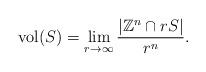
LaTeX: \begin{align*}\mathrm{vol}(S) =\lim_{r \to \infty} \frac{|\mathbb{Z}^n \cap rS|}{r^n}.\end{align*}